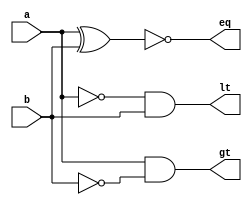
module comparator_3(a, b, gt, lt, eq);
   input a, b;
   output gt, lt, eq;
   wire   a, b, not_a, not_b; 
   wire 	  gt, lt, eq; 
   not( not_a, a );
   not( not_b, b );
   xnor( eq, a, b );
   and( gt, a, not_b );
   and (lt, not_a, b);
endmodule